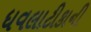
ધવલાટીકાની